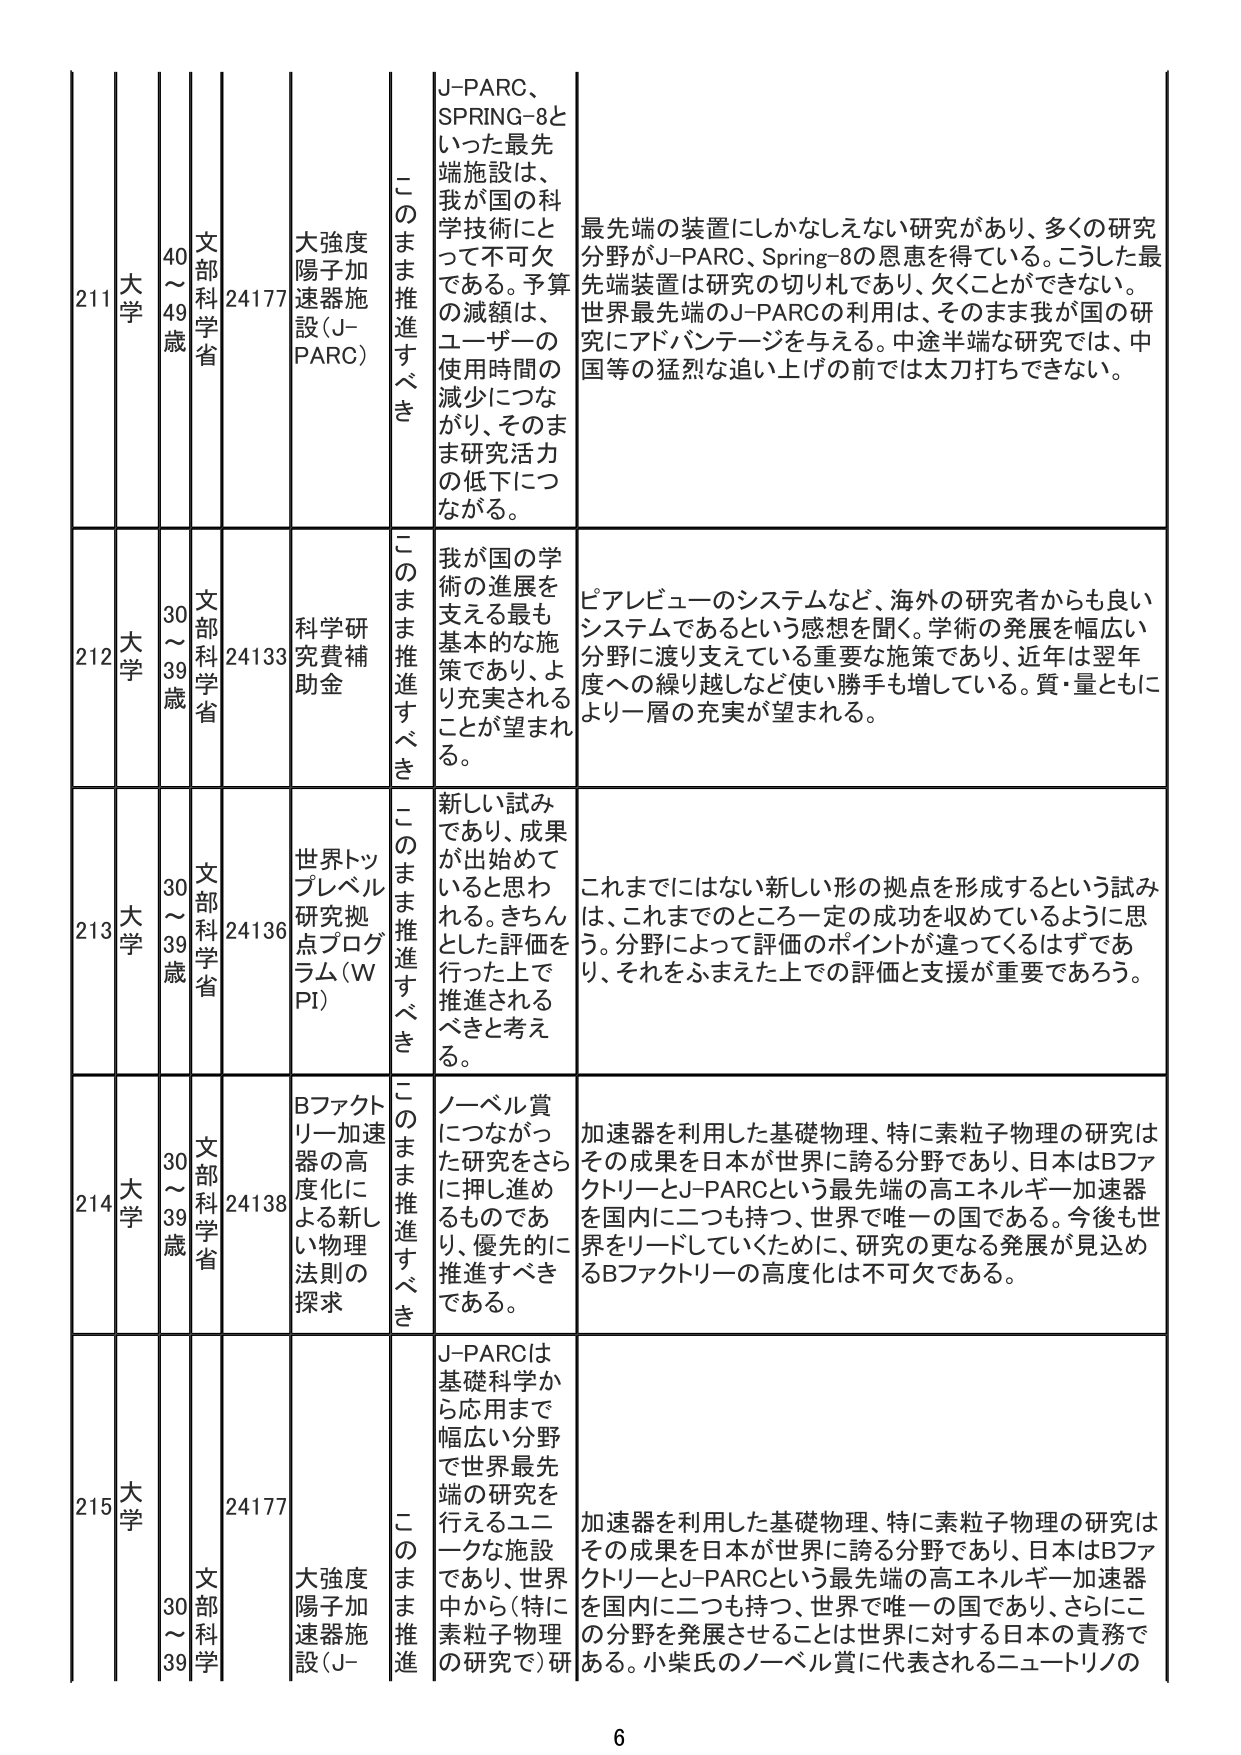
211 大学 40～49歳 文部科学省 24177 大強度陽子加速器施設（J-PARC） このまま推進すべき J-PARC、SPRING-8といった最先端施設は、我が国の科学技術にとって不可欠である。予算の減額は、ユーザーの使用時間の減少につながり、そのまま研究活力の低下につながる。 最先端の装置にしかなしえない研究があり、多くの研究分野がJ-PARC、Spring-8の恩恵を得ている。こうした最先端装置は研究の切り札であり、欠くことができない。世界最先端のJ-PARCの利用は、そのまま我が国の研究にアドバンテージを与える。中途半端な研究では、中国等の猛烈な追い上げの前では太刀打ちできない。

212 大学 30～39歳 文部科学省 24133 科学研究費補助金 このまま推進すべき 我が国の学術の進展を支える最も基本的な施策であり、より充実されることが望まれる。 ピアレビューのシステムなど、海外の研究者からも良いシステムであるという感想を聞く。学術の発展を幅広い分野に渡り支えている重要な施策であり、近年は翌年度への繰り越しなど使い勝手も増している。質・量ともにより一層の充実が望まれる。

213 大学 30～39歳 文部科学省 24136 世界トップレベル研究拠点プログラム（WPI） このまま推進すべき 新しい試みであり、成果が出始めていると思われる。きちんとした評価を行った上で推進されるべきと考える。 これまでにはない新しい形の拠点を形成するという試みは、これまでのところ一定の成功を収めているように思う。分野によって評価のポイントが違ってくるはずであり、それをふまえた上での評価と支援が重要であろう。

214 大学 30～39歳 文部科学省 24138 Bファクトリー加速器の高度化による新しい物理法則の探求 このまま推進すべき ノーベル賞につながった研究をさらに押し進めるものであり、優先的に推進すべきである。 加速器を利用した基礎物理、特に素粒子物理の研究はその成果を日本が世界に誇る分野であり、日本はBファクトリーとJ-PARCという最先端の高エネルギー加速器を国内に二つも持つ、世界で唯一の国である。今後も世界をリードしていくために、研究の更なる発展が見込めるBファクトリーの高度化は不可欠である。

215 大学 30～39歳 文部科学 24177 大強度陽子加速器施設（J- このまま推進 J-PARCは基礎科学から応用まで幅広い分野で世界最先端の研究を行えるユニークな施設であり、世界中から（特に素粒子物理の研究で）研 加速器を利用した基礎物理、特に素粒子物理の研究はその成果を日本が世界に誇る分野であり、日本はBファクトリーとJ-PARCという最先端の高エネルギー加速器を国内に二つも持つ、世界で唯一の国であり、さらにこの分野を発展させることは世界に対する日本の責務である。小柴氏のノーベル賞に代表されるニュートリノの

6